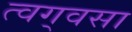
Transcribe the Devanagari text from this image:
त्वग्‌वसा